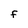
Character: F